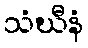
သံဃီနံ